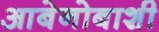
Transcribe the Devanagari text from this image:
आबेनोबाशी